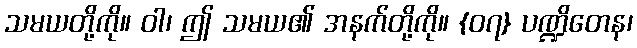
သမယတို့ကို။ ဝါ၊ ဤ သမယ၏ အနက်တို့ကို။ {၀၇} ပဏ္ဍိတေန၊